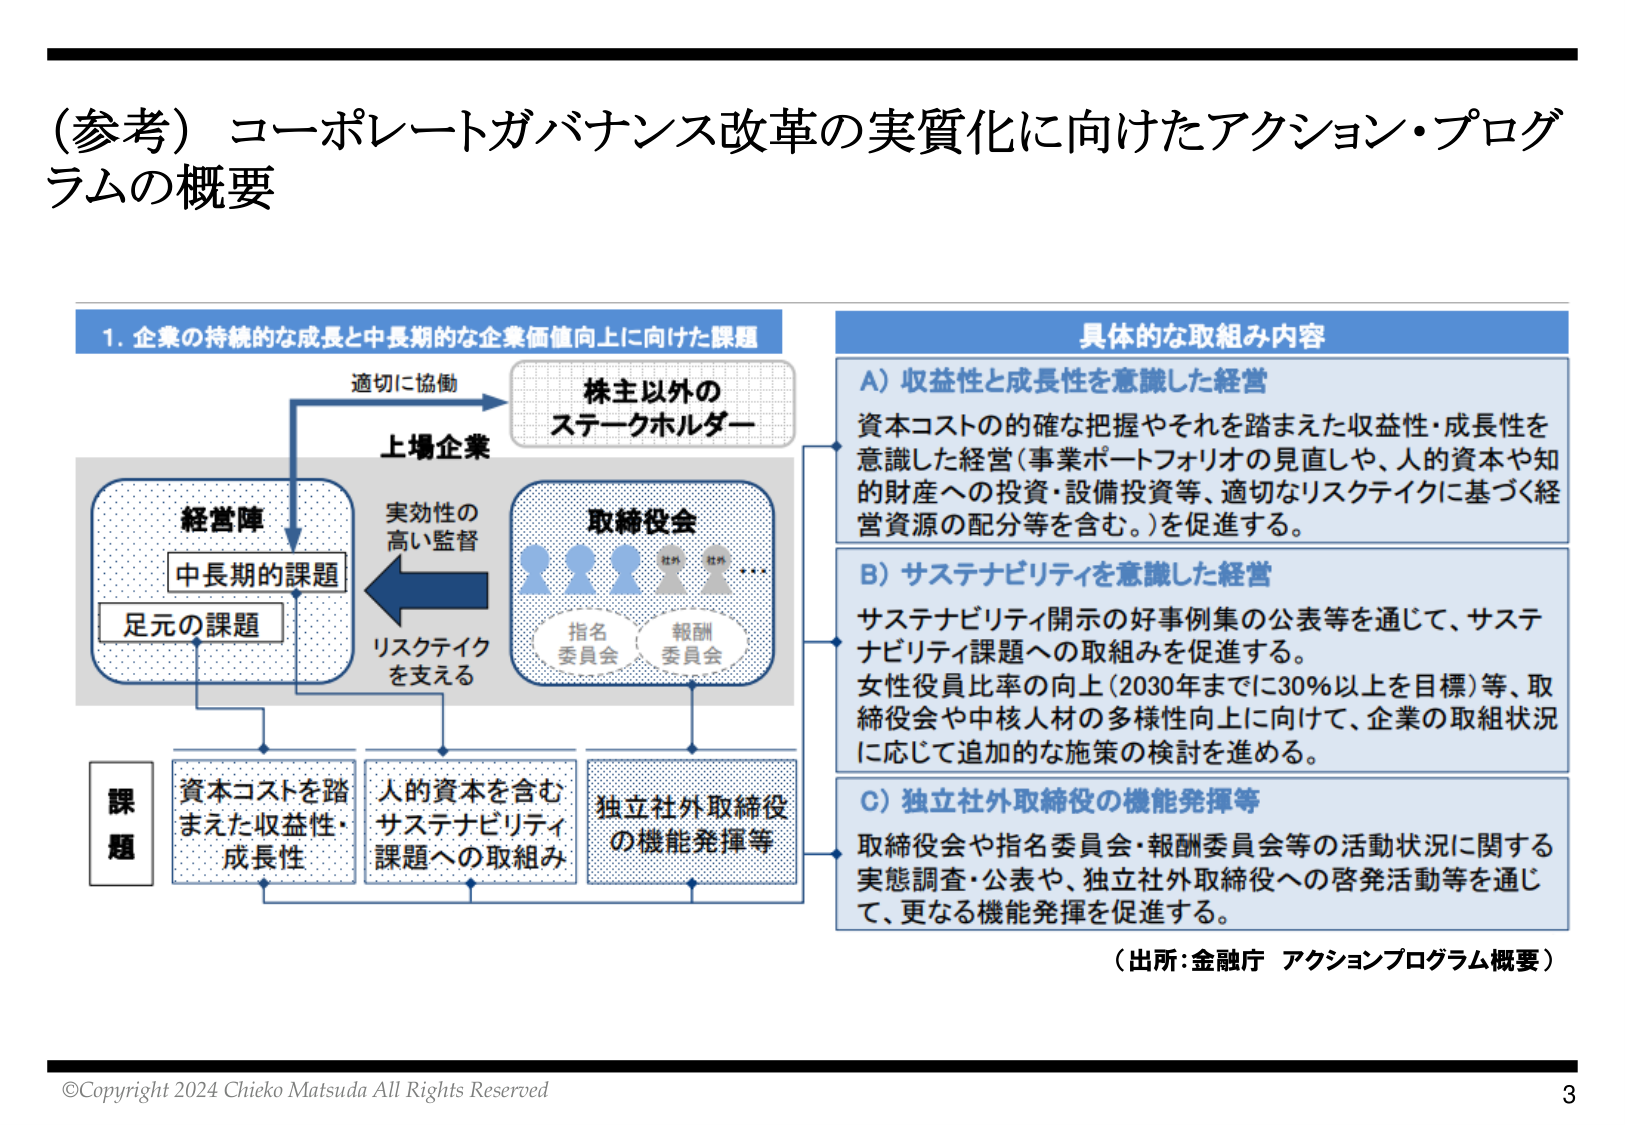
（参考）コーポレートガバナンス改革の実質化に向けたアクション・プログラムの概要

1. 企業の持続的な成長と中長期的な企業価値向上に向けた課題

上場企業

経営陣
中長期的課題
足元の課題

取締役会
指名委員会
報酬委員会

株主以外の
ステークホルダー

適切に協働

実効性の
高い監督

リスクテイク
を支える

課題
資本コストを踏
まえた収益性・
成長性

人的資本を含む
サステナビリティ
課題への取組み

独立社外取締役
の機能発揮等

具体的な取組み内容

A）収益性と成長性を意識した経営
資本コストの的確な把握やそれを踏まえた収益性・成長性を
意識した経営（事業ポートフォリオの見直しや、人的資本や知
的財産への投資・設備投資等、適切なリスクテイクに基づく経
営資源の配分等を含む。）を促進する。

B）サステナビリティを意識した経営
サステナビリティ開示の好事例集の公表等を通じて、サステ
ナビリティ課題への取組みを促進する。
女性役員比率の向上（2030年までに30％以上を目標）等、取
締役会や中核人材の多様性向上に向けて、企業の取組状況
に応じて追加的な施策の検討を進める。

C）独立社外取締役の機能発揮等
取締役会や指名委員会・報酬委員会等の活動状況に関する
実態調査・公表や、独立社外取締役への啓発活動等を通じ
て、更なる機能発揮を促進する。

（出所：金融庁 アクションプログラム概要）

©Copyright 2024 Chieko Matsuda All Rights Reserved
3